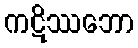
ကဋိဿဘော